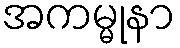
အကမ္မုနာ